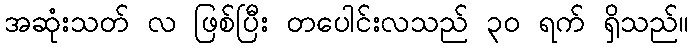
အဆုံးသတ် လ ဖြစ်ပြီး တပေါင်းလသည် ၃၀ ရက် ရှိသည်။